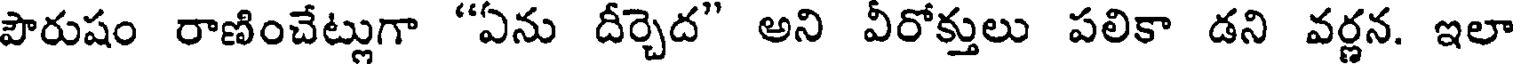
పౌరుషం రాణించేట్లుగా "ఏను దీర్చెద" అని వీరోక్తులు పలికా డని వర్ణన. ఇలా